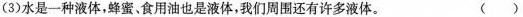
(3)水是一种液体，蜂蜜、食用油也是液体，我们周围还有许多液体。 （）